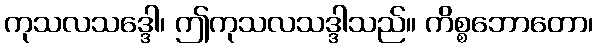
ကုသလသဒ္ဒေါ၊ ဤကုသလသဒ္ဒါသည်။ ကိစ္စဘောတော၊